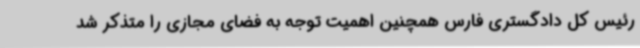
رئیس کل دادگستری فارس همچنین اهمیت توجه به فضای مجازی را متذکر شد